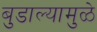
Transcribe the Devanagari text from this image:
बुडाल्यामुळे